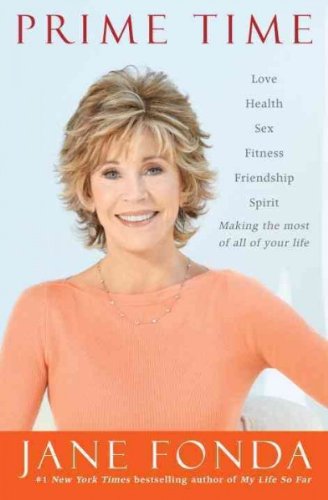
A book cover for Prime Time: Love, Health, Sex, Fitness, Friendship, Spirit--Making the Most of All of Your Life [ PRIME TIME: LOVE, HEALTH, SEX, FITNESS, FRIENDSHIP, SPIRIT--MAKING THE MOST OF ALL OF YOUR LIFE BY Fonda, Jane ( Author ) Aug-09-2011; Jane Fonda; Health, Fitness & Dieting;